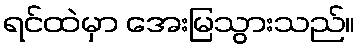
ရင်ထဲမှာ အေးမြသွားသည်။